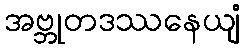
အဗ္ဘုတဒဿနေယျံ